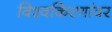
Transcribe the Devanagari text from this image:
विश्वकिरणांवर